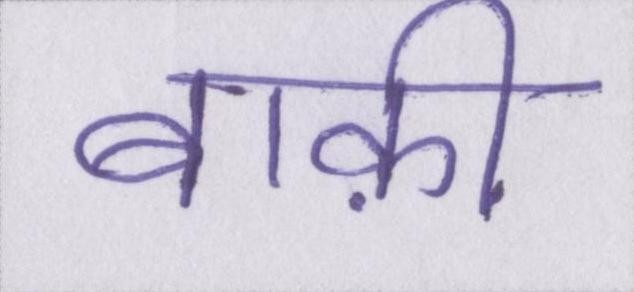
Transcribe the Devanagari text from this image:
बाक़ी